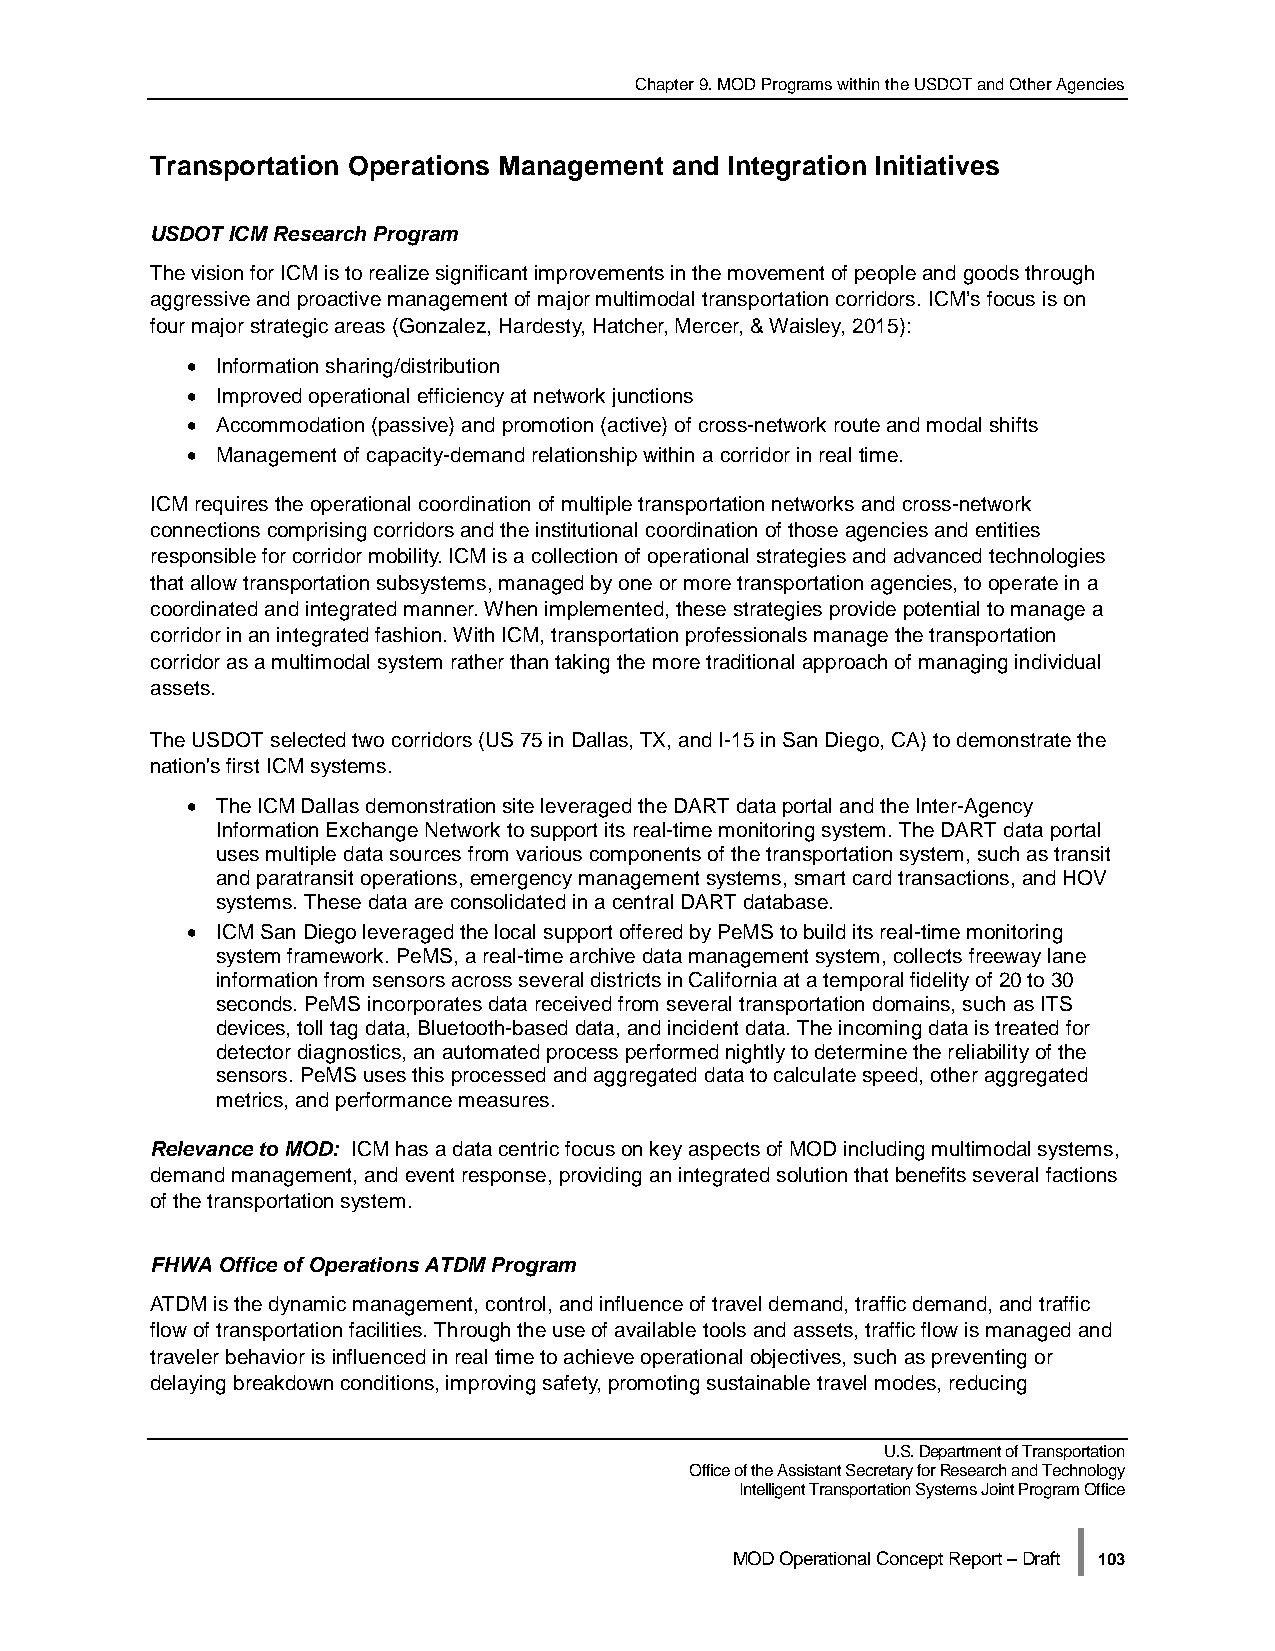
Chapter 9. MOD Programs within the USDOT and Other Agencies
 Transportation Operations Management and Integration Initiatives
 USDOT ICM Research Program
 The vision for ICM is to realize significant improvements in the movement of people and goods through
 aggressive and proactive management of major multimodal transportation corridors. ICM’s focus is on
 four major strategic areas (Gonzalez, Hardesty, Hatcher, Mercer, & Waisley, 2015):
 • Information sharing/distribution
 • Improved operational efficiency at network junctions
 • Accommodation (passive) and promotion (active) of cross-network route and modal shifts
 • Management of capacity-demand relationship within a corridor in real time.
 ICM requires the operational coordination of multiple transportation networks and cross-network
 connections comprising corridors and the institutional coordination of those agencies and entities
 responsible for corridor mobility. ICM is a collection of operational strategies and advanced technologies
 that allow transportation subsystems, managed by one or more transportation agencies, to operate in a
 coordinated and integrated manner. When implemented, these strategies provide potential to manage a
 corridor in an integrated fashion. With ICM, transportation professionals manage the transportation
 corridor as a multimodal system rather than taking the more traditional approach of managing individual
 assets.
 The USDOT selected two corridors (US 75 in Dallas, TX, and I-15 in San Diego, CA) to demonstrate the
 nation's first ICM systems.
 • The ICM Dallas demonstration site leveraged the DART data portal and the Inter-Agency
 Information Exchange Network to support its real-time monitoring system. The DART data portal
 uses multiple data sources from various components of the transportation system, such as transit
 and paratransit operations, emergency management systems, smart card transactions, and HOV
 systems. These data are consolidated in a central DART database.
 • ICM San Diego leveraged the local support offered by PeMS to build its real-time monitoring
 system framework. PeMS, a real-time archive data management system, collects freeway lane
 information from sensors across several districts in California at a temporal fidelity of 20 to 30
 seconds. PeMS incorporates data received from several transportation domains, such as ITS
 devices, toll tag data, Bluetooth-based data, and incident data. The incoming data is treated for
 detector diagnostics, an automated process performed nightly to determine the reliability of the
 sensors. PeMS uses this processed and aggregated data to calculate speed, other aggregated
 metrics, and performance measures.
 Relevance to MOD: ICM has a data centric focus on key aspects of MOD including multimodal systems,
 demand management, and event response, providing an integrated solution that benefits several factions
 of the transportation system.
 FHWA Office of Operations ATDM Program
 ATDM is the dynamic management, control, and influence of travel demand, traffic demand, and traffic
 flow of transportation facilities. Through the use of available tools and assets, traffic flow is managed and
 traveler behavior is influenced in real time to achieve operational objectives, such as preventing or
 delaying breakdown conditions, improving safety, promoting sustainable travel modes, reducing
 U.S. Department of Transportation
 Office of the Assistant Secretary for Research and Technology
 Intelligent Transportation Systems Joint Program Office
 |
 MOD Operational Concept Report – Draft 103